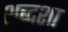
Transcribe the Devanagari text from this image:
शब्दशा